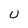
Character: U